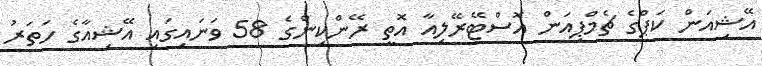
އޭޝިއަން ކަޕްގެ ޗެމްޕިއަން އޮސްޓޭރޭލިއާ އޮތީ ރޭންކިންގެ 58 ވަނައިގައި އޭޝިއާގެ ހަތަރު